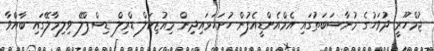
ޖުމްހޫރީ ދުވަހުގެ މުނާސަބަތުގައި އެމްއެންޑީއެފުން ހުށަހަޅައިދިން މިއުޒިކަލް ޑްރިލް ޑިސްޕްލޭ ވިލިމާލޭގައި ބާއްވާ